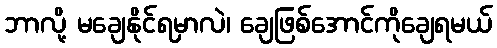
ဘာလို့ မချေနိုင်ရမှာလဲ၊ ချေဖြစ်အောင်ကိုချေရမယ်